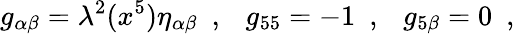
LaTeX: g_{\alpha\beta}=\lambda^{2}(x^{5})\eta_{\alpha\beta}~~,~~~g_{55}=-1~~,~~~g_{5\beta}=0~~,